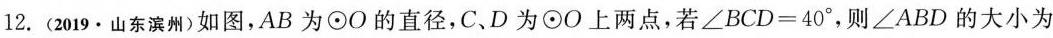
12.(2019·山东滨州)如图，AB为⊙O的直径，C、D为⊙O上两点，若∠BCD=40°，则∠ABD的大小为